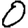
Digit: 0